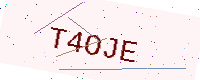
Text: T4OJE